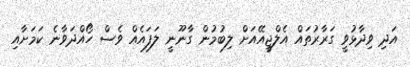
އަދި ވިދާޅުވީ ގަރާރުތައް އެލްޖީއޭއަށް ލިބުމުން ގާނޫނީ ލަފައެއް ވެސް ހޯއްދަވާނެ ކަމަށާއި